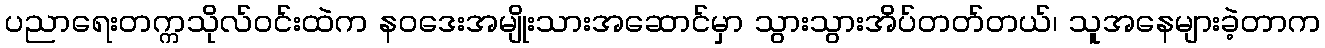
ပညာရေးတက္ကသိုလ်ဝင်းထဲက နဝဒေးအမျိုးသားအဆောင်မှာ သွားသွားအိပ်တတ်တယ်၊ သူအနေများခဲ့တာက